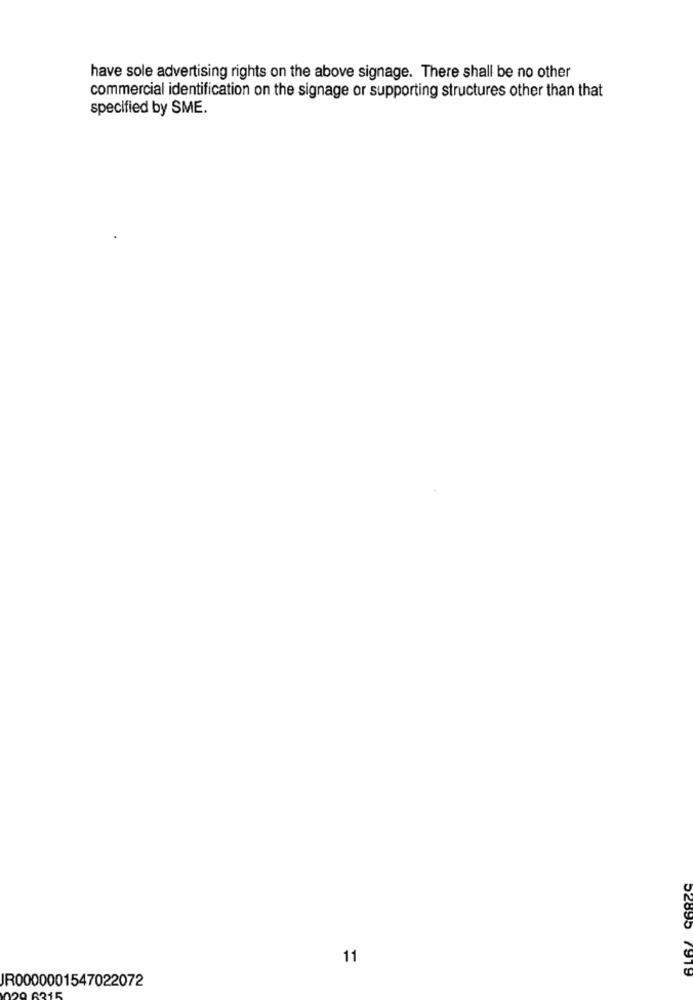
have sole advertising rights on the above signage. There shall be no other
commercial identification on the signage or supporting structures other than that
specified by SME.
11
52895 7919
JR0000001547022072